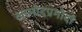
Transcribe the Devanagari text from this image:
आमोदप्रमोदों